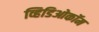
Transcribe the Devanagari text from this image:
व्हिडिओकॉम